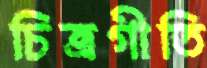
চিত্রগীতি